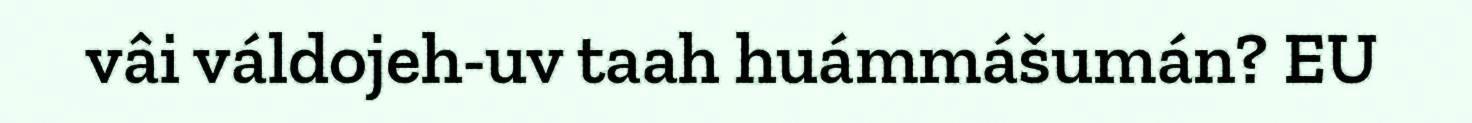
vâi váldojeh-uv taah huámmášumán? EU